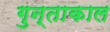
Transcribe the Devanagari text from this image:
गुन्ताकाल